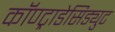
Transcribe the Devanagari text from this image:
कॉण्ट्राडेसिड्युट